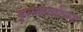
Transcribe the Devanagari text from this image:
कुलकर्ण्यांच्या